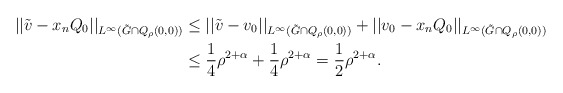
\begin{align*}||\tilde v - x_n Q_0||_{L^{\infty}(\tilde G \cap Q_{\rho}(0,0))} & \leq ||\tilde v - v_0||_{L^{\infty}(\tilde G \cap Q_{\rho}(0,0))} + ||v_0 - x_n Q_0||_{L^{\infty}(\tilde G\cap Q_{\rho}(0,0))}\\& \le \frac{1}{4} \rho^{2+ \alpha} + \frac{1}{4} \rho^{2+ \alpha} = \frac{1}{2} \rho^{2+ \alpha}.\end{align*}